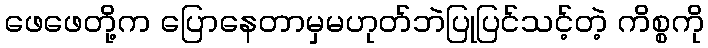
ဖေဖေတို့က ပြောနေတာမှမဟုတ်ဘဲပြုပြင်သင့်တဲ့ ကိစ္စကို